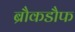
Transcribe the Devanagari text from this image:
ब्रौकडौफ